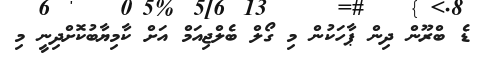
ޑެ ބްރޫން ދިން ޕާހަކުން މި ގޯލް ބެލްޖިއަމް އަށް ކާމިޔާބުކޮށްދިނީ މި